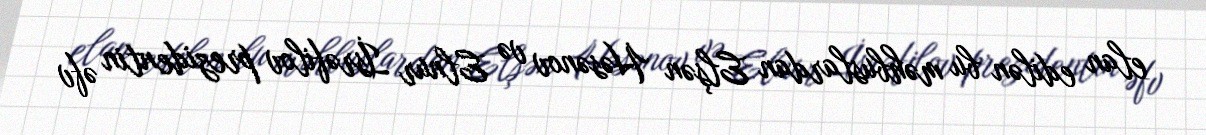
elan edilən bu məhbuslardan Elşən Həsənov və Elnur İsrəfilov prezidentin əfv